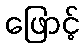
ဖြောင့်